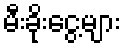
မီးခိုးငွေ့များ